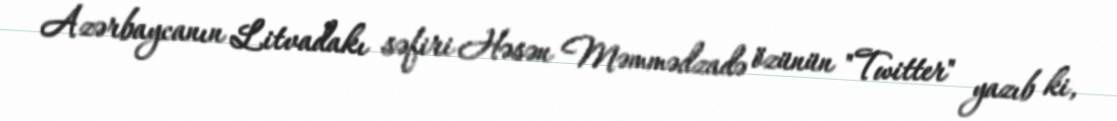
Azərbaycanın Litvadakı səfiri Həsən Məmmədzadə özünün "Twitter" yazıb ki,